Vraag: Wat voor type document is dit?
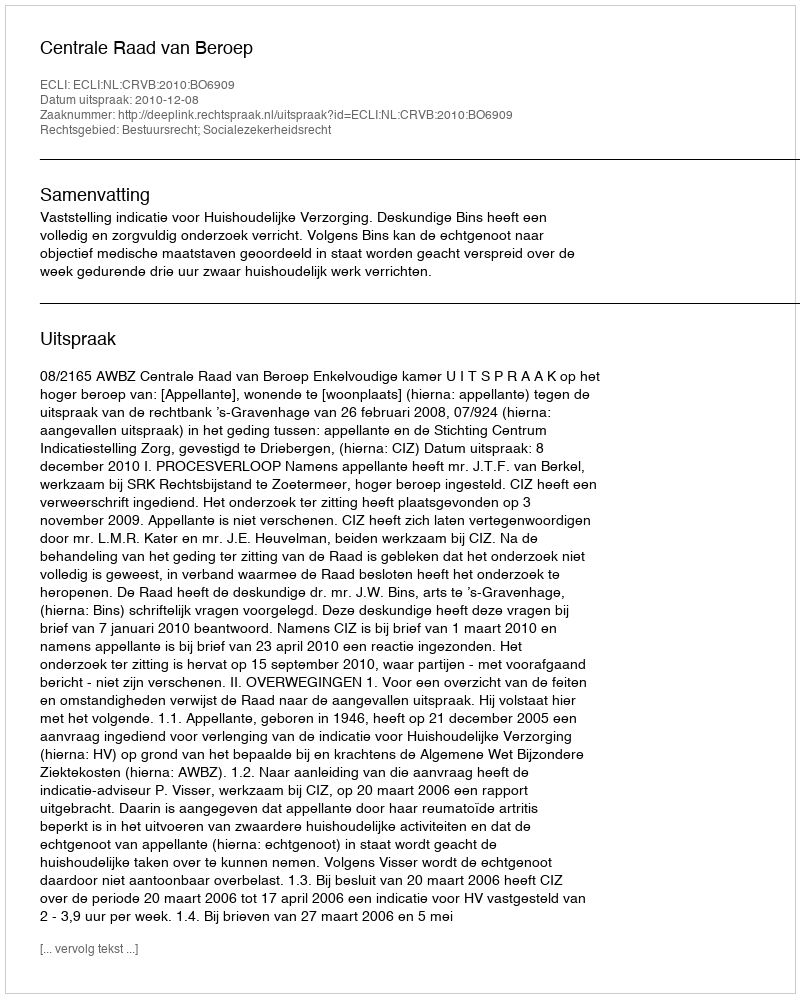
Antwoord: Uitspraak